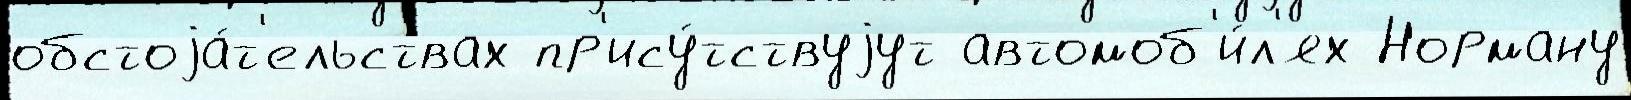
обстоjа́т'ельствах пр'ису́тствуjут автомоб'и́л'ях Норману